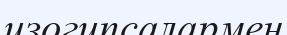
изогипсалармен